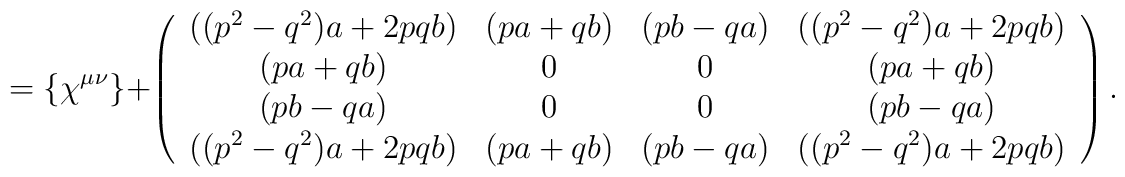
= \{\chi^{\mu\nu}\} +\left(\begin{array}{cccc}((p^2 - q^2)a + 2pqb)  & (pa + qb) & (pb -qa) & ((p^2 - q^2)a + 2pqb) \\(pa + qb) &0 & 0 & (pa + qb) \\(pb -qa)  & 0 & 0 & (pb -qa) \\((p^2 - q^2)a + 2pqb) &( pa + qb) &( pb -qa) & ((p^2 - q^2)a + 2pqb)\end{array}\right).